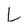
Character: L